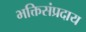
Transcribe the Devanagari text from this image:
भक्तिसंप्रदाय